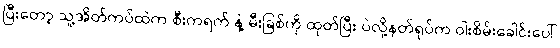
ပြီးတော့ သူ့အိတ်ကပ်ထဲက စီးကရက် နဲ့ မီးခြစ်ကို ထုတ်ပြီး ပဲလို့နတ်ရုပ်က ဝါးစိမ်းခေါင်းပေါ်